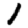
Digit: 1